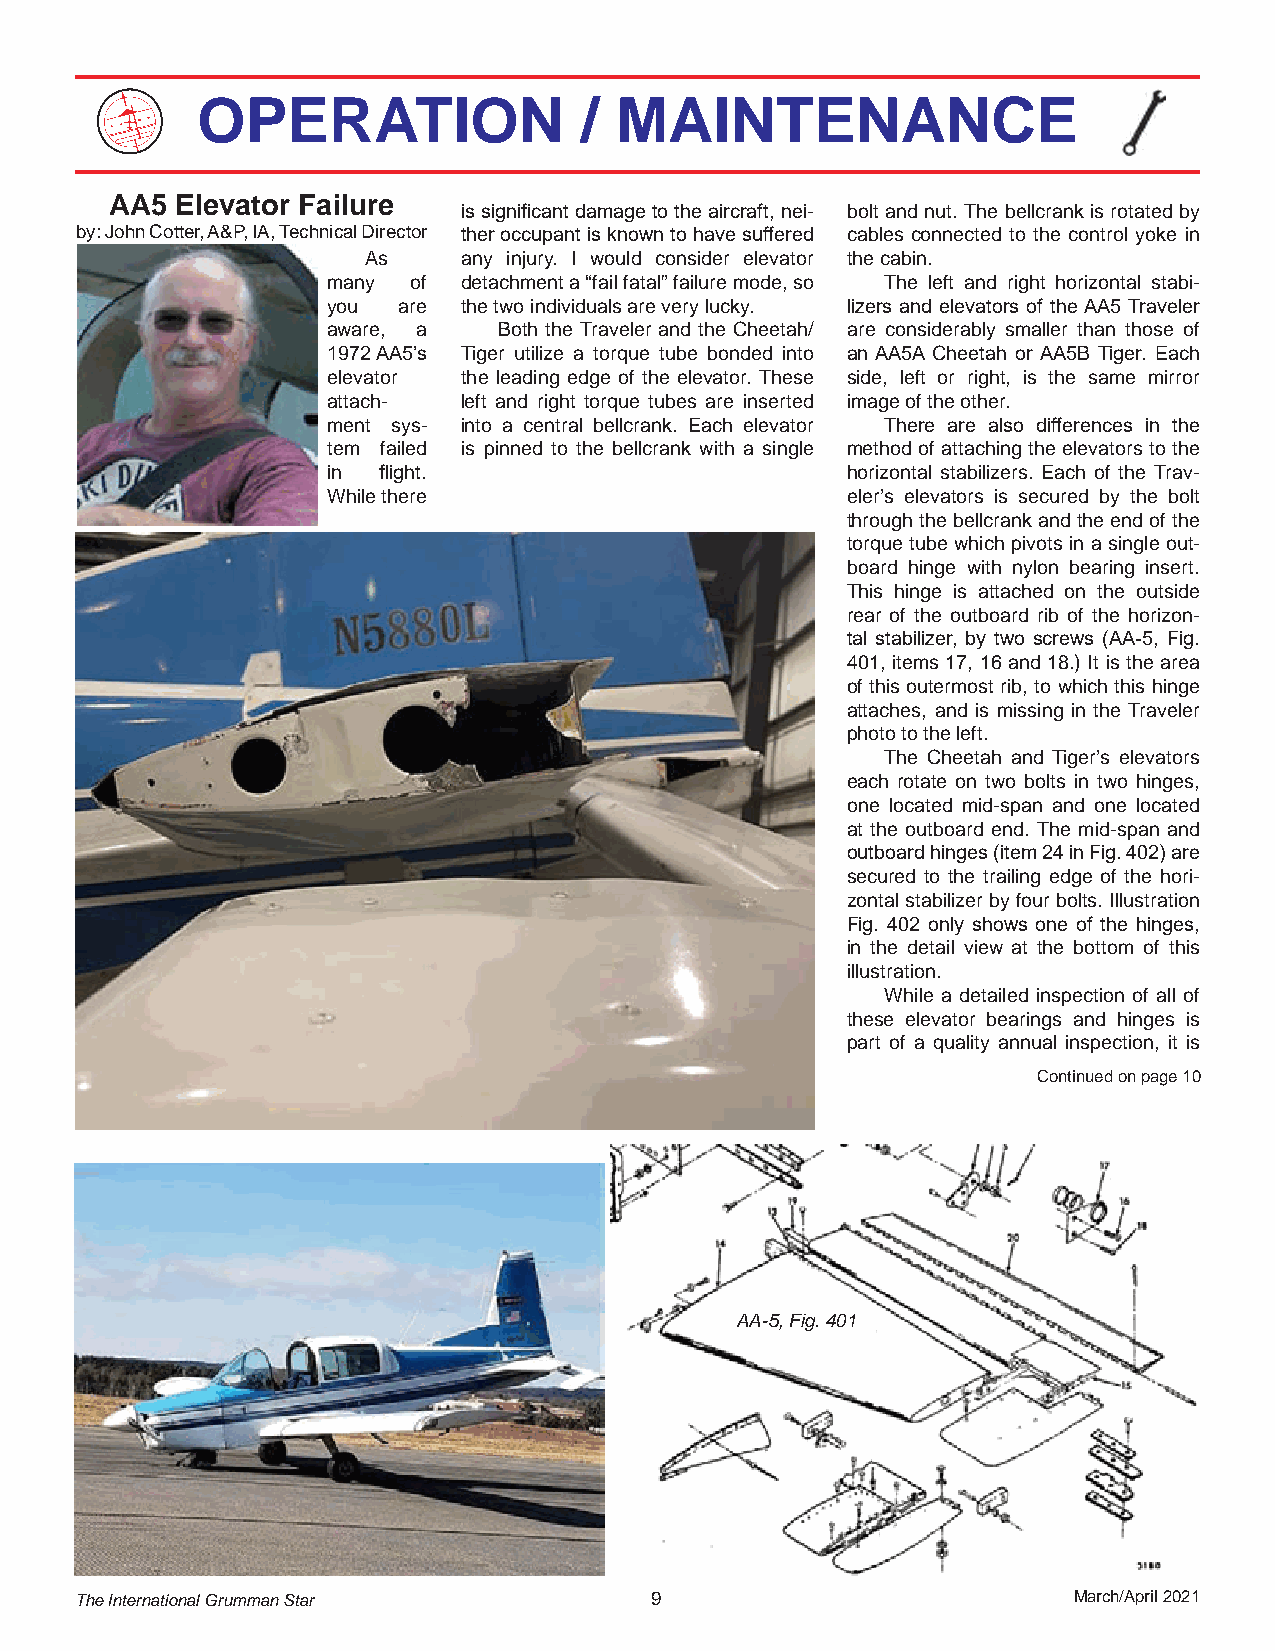
OPERATION                /  MAINTENANCE
 AA5  Elevator Failure
 is significant damage to the aircraft, nei- bolt and nut. The bellcrank is rotated by
 by: John Cotter, A&P, IA, Technical Director ther occupant is known to have suffered cables connected to the control yoke in
 As     any injury. I would consider elevator the cabin.
 many of  detachment a “fail fatal” failure mode, so The left and right horizontal stabi-
 you are  the two individuals are very lucky. lizers and elevators of the AA5 Traveler
 aware, a   Both the Traveler and the Cheetah/ are considerably smaller than those of
 1972 AA5’s Tiger utilize a torque tube bonded into an AA5A Cheetah or AA5B Tiger. Each
 elevator the leading edge of the elevator. These side, left or right, is the same mirror
 attach-  left and right torque tubes are inserted image of the other.
 ment sys- into a central bellcrank. Each elevator There are also differences in the
 tem failed is pinned to the bellcrank with a single method of attaching the elevators to the
 in flight.                        horizontal stabilizers. Each of the Trav-
 While there                       eler’s elevators is secured by the bolt
 through the bellcrank and the end of the
 torque tube which pivots in a single out-
 board hinge with nylon bearing insert.
 This hinge is attached on the outside
 rear of the outboard rib of the horizon-
 tal stabilizer, by two screws (AA-5, Fig.
 401, items 17, 16 and 18.) It is the area
 of this outermost rib, to which this hinge
 attaches, and is missing in the Traveler
 photo to the left.
 The Cheetah and Tiger’s elevators
 each rotate on two bolts in two hinges,
 one located mid-span and one located
 at the outboard end. The mid-span and
 outboard hinges (item 24 in Fig. 402) are
 secured to the trailing edge of the hori-
 zontal stabilizer by four bolts. Illustration
 Fig. 402 only shows one of the hinges,
 in the detail view at the bottom of this
 illustration.
 While a detailed inspection of all of
 these elevator bearings and hinges is
 part of a quality annual inspection, it is
 Continued on page 10
 AA-5, Fig. 401
 The International Grumman Star        9                           March/April 2021